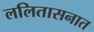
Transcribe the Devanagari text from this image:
ललितासनात